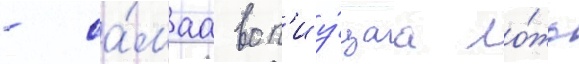
- са́маа воп'иу́щаа ло́жь